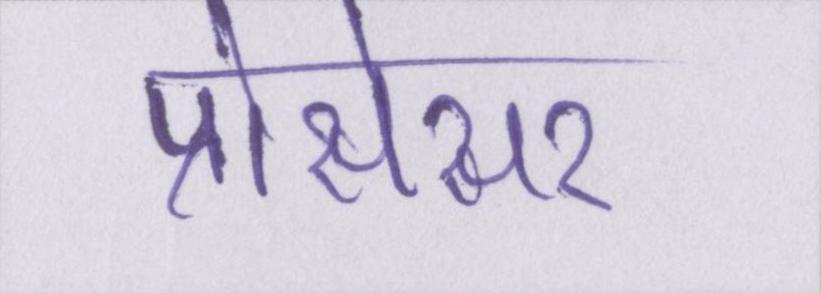
प्रोसेसर